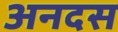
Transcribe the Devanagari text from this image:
अनदस